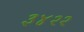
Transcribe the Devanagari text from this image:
३४२२